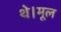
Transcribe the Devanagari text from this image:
थे।मूल